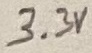
Text: 3.3V